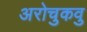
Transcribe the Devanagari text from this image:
अरोचुकवु